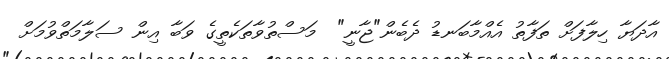
އާދަޔާ ހިލާފަށް ތަފާތު އެއްމާބަނޑު ދެބެން"ޖާނީ"  މަސްތުވާތަކެތީގެ ވަބާ އިން ސަލާމަތްވުމަށް